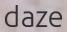
daze